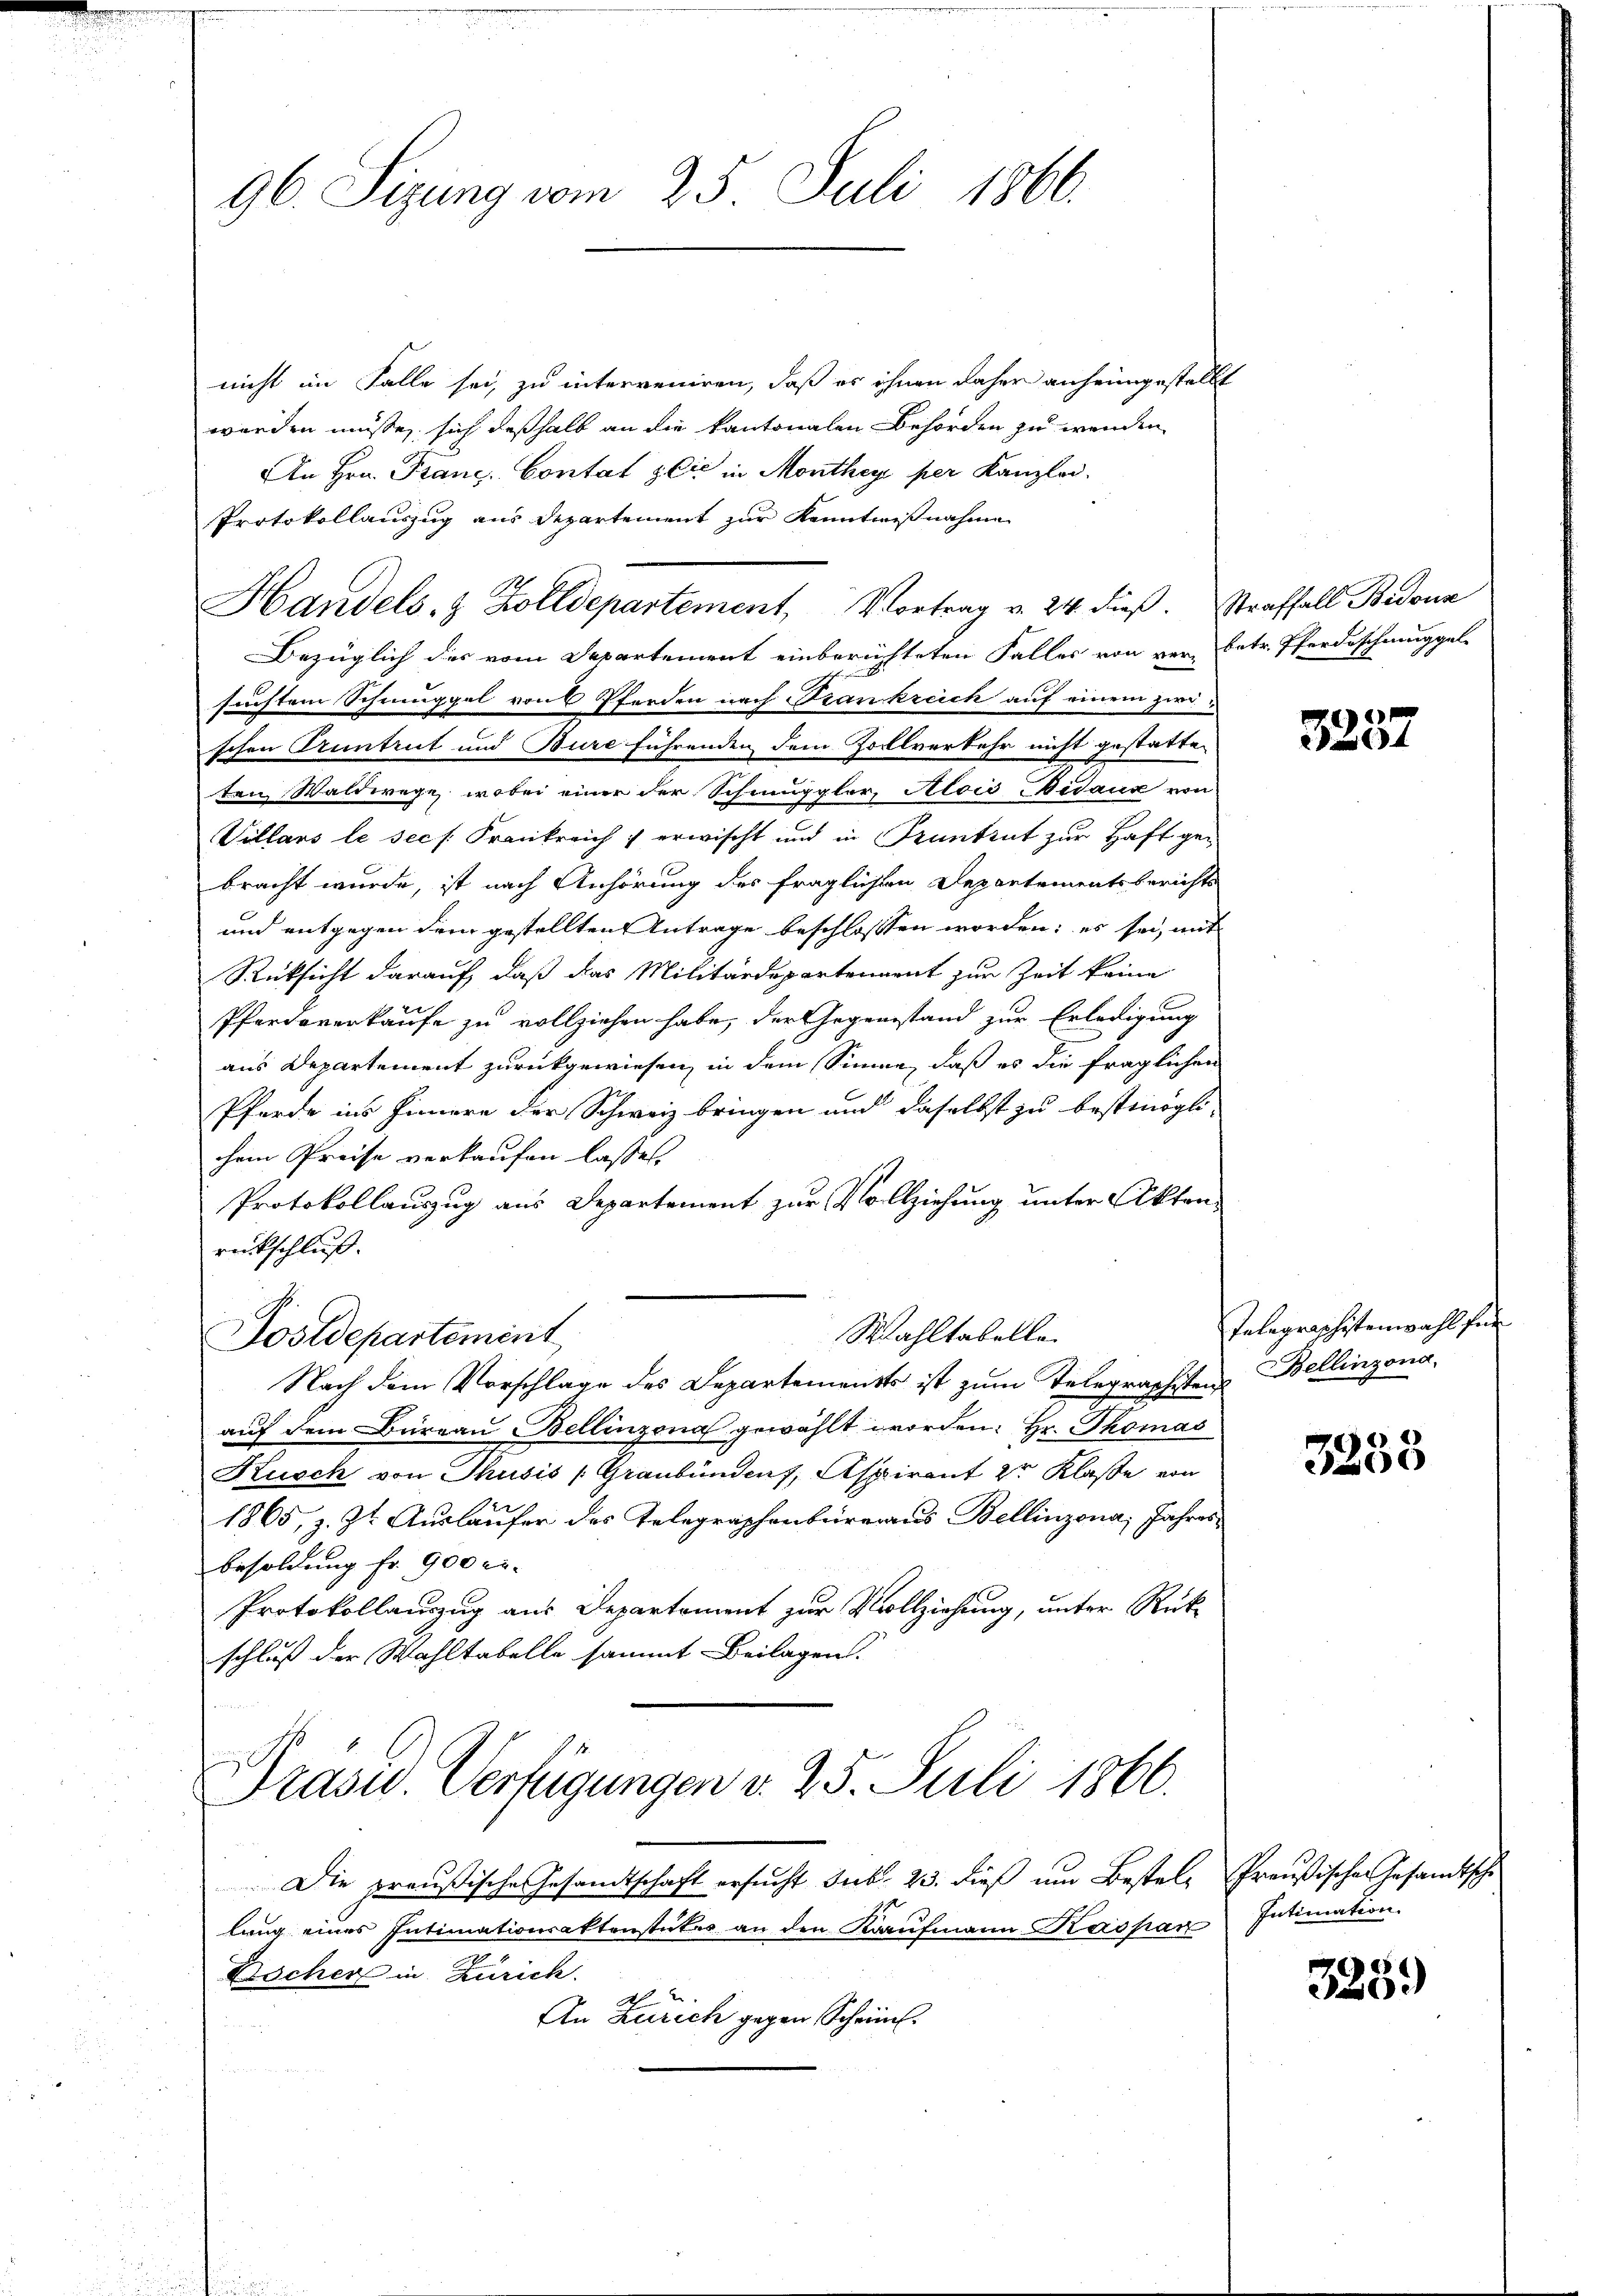
96. Sizung vom 25. Juli 1866.

nicht im Falle sei, zu interveniren, daß es ihnen daher anheimgestellt
werden müsse, sich deßhalb an die kantonalen Behörden zu wenden
An Hrn. Franz. Contat sie in Monthey per Kanzlei.
Protokollauszug aus Departement zur Kenntnißnahme
Bezüglich des vom Departement einberichteten Falles von verbetr. Pferdeschmuggel
suchtem Schmuppel von 6 Pferden nach Trankreich auf einem zwischen Kuntrut und Bure führenden dem Zollverkehr nicht gestatte-
tem Waldwege, wobei einer der Schmuppler, Alois Aidaux von
Villars le sech Frankreich erwischt und in Pruntrut zur Haft gebracht wurde, ist nach Anhörung des fraglichen Departementsberichts
und entgegen dem gestellten Antrage beschlossen worden; es sei, mit
Rüksicht darauf, daß das Militärdepartenannt zur Zeit keine
Pferdoverkaufe zu vollziehen habe, der Gegenstand zur Erledigung
aus Departement zurückgewiesen, in dem Sinne, daß es die fraglichen
Pferde ins Innern der Schweiz bringen und daselbst zu bestimögli
chem Preise verkaufen lassen.
Protokollauszug aus Departement zur Vollziehung unter Aktenrückschluß.

Wahltabelle.
Sostdepartement
Nach dem Vorschlage des Departements ist zum Telegraphisten Bellinzona
auf dem Büreau Bellinzona gewählt worden. Hr. Thomas
Kusch von Thusis (Graubünden, Aspirant 2r Klaße von
1865, z. Zt. Ausläufer des Telegraphenbüreaus Bellinzona, Jahres¬
Besoldung fr. 900 er-
Protokollauszug aus Departement zur Vollziehung, unter Rückschluß der Wahltabelle sammt- Beilagen.

Handels- & Zolldepartement, Vortrag v. 24. dieß. Straffall Bidona

Präsid. Verfügungen v. 25. Juli 1866.

Die preußische Gesamtschaft ersucht sub. 23. dieß um Bestel- Preußischen Gesandtsche
lang eines Intimationsaktenstückes an den Kaufmann Kaspar
Kocher in Zürich.
An Zürich gegen Scheint.

3257

Telegraphistenwahl für

3255

Intimation.

325.)